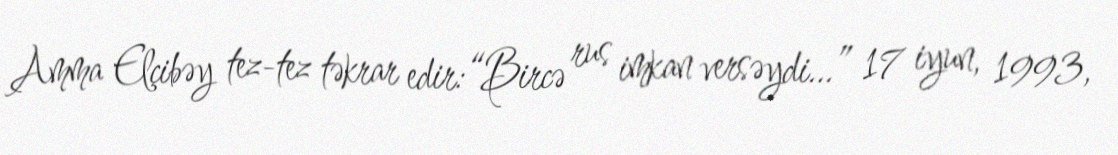
Amma Elçibəy tez-tez təkrar edir:“Bircə rus imkan versəydi…” 17 iyun, 1993,